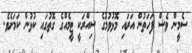
ސެމީން ވެސް ފަހަތުން އަރައި މޮޅުވުމުގެ ސިއްރަކީ ޓީމެއްގެ ގޮތުގައި ކުޅުން ކަމަށެވެ.